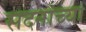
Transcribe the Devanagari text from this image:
सदनांच्या